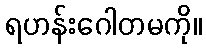
ရဟန်းဂေါတမကို။